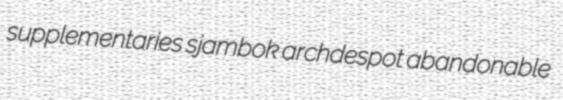
supplementaries sjambok archdespot abandonable